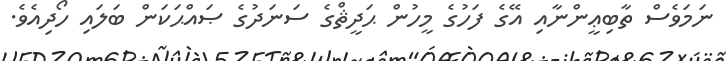
ނަމަވެސް ތާބިޢީންނާއި އޭގެ ފަހުގެ މީހުން ޙަދީޘްގެ ސަނަދުގެ ޞައްޙަކަން ބަލައި ހޯދިއެވެ.